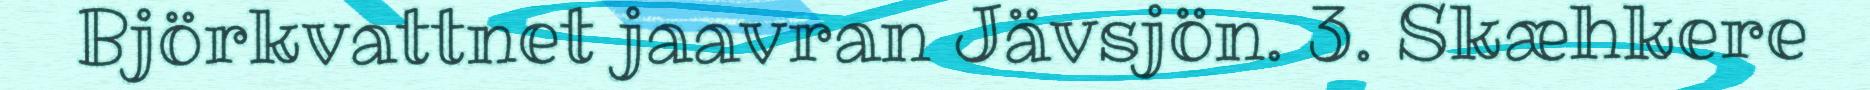
Björkvattnet jaavran Jävsjön. 3. Skæhkere